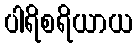
ပါရိစရိယာယ